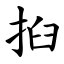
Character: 㧮